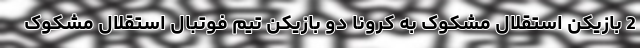
2 بازیکن استقلال مشکوک به کرونا دو بازیکن تیم فوتبال استقلال مشکوک